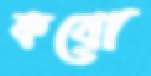
কয়ো